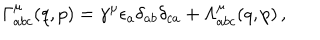
\Gamma _ { a b c } ^ { \mu } ( q , p ) = \gamma ^ { \mu } \epsilon _ { a } \delta _ { a b } \delta _ { c a } + \Lambda _ { a b c } ^ { \mu } ( q , p ) \, ,